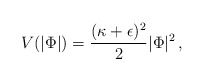
\begin{align*} V (|\Phi| ) ={ (\kappa + \epsilon)^2 \over 2} | \Phi |^2 \, ,\end{align*}